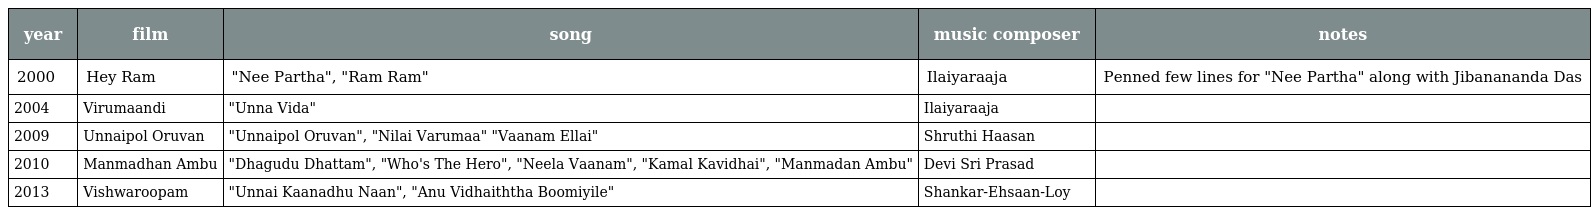
| year | film | song | music composer | notes |
 | --- | --- | --- | --- | --- |
 | 2000 | Hey Ram | "Nee Partha", "Ram Ram" | Ilaiyaraaja | Penned few lines for "Nee Partha" along with Jibanananda Das |
 | 2004 | Virumaandi | "Unna Vida" | Ilaiyaraaja |  |
 | 2009 | Unnaipol Oruvan | "Unnaipol Oruvan", "Nilai Varumaa" "Vaanam Ellai" | Shruthi Haasan |  |
 | 2010 | Manmadhan Ambu | "Dhagudu Dhattam", "Who's The Hero", "Neela Vaanam", "Kamal Kavidhai", "Manmadan Ambu" | Devi Sri Prasad |  |
 | 2013 | Vishwaroopam | "Unnai Kaanadhu Naan", "Anu Vidhaiththa Boomiyile" | Shankar-Ehsaan-Loy |  |